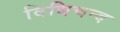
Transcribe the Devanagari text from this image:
विधिचन्द